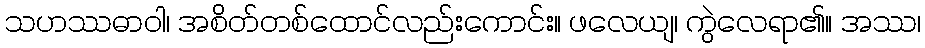
သဟဿဓာဝါ၊ အစိတ်တစ်ထောင်လည်းကောင်း။ ဖလေယျ၊ ကွဲလေရာ၏။ အဿ၊